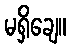
မရှိချေ။